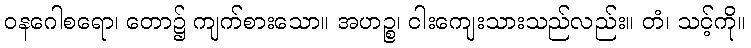
ဝနဂေါစရော၊ တော၌ ကျက်စားသော။ အဟဉ္စ၊ ငါးကျေးသားသည်လည်း။ တံ၊ သင့်ကို။